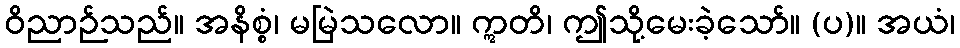
ဝိညာဉ်သည်။ အနိစ္စံ၊ မမြဲသလော။ ဣတိ၊ ဤသို့မေးခဲ့သော်။ (ပ)။ အယံ၊